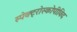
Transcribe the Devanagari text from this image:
स्पेक्ट्रोस्कोपीविद